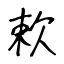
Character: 欶